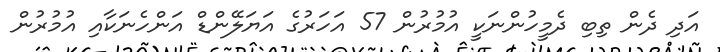
އަދި ދެން ތިބި ދެމީހުންނަކީ އުމުރުން 57 އަހަރުގެ އަޔަލޭންޑް އަންހެނަކާއި އުމުރުން